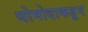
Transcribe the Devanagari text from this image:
योमोदाकडून